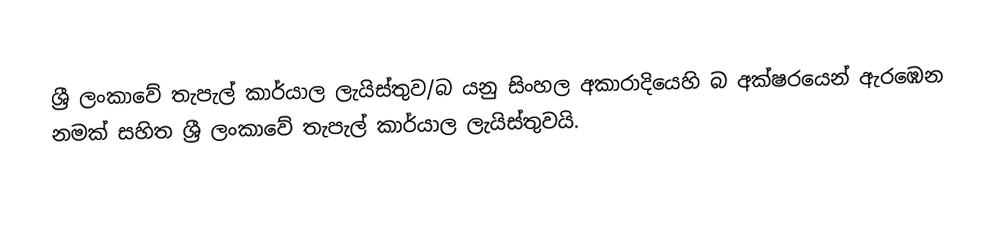
ශ්‍රී ලංකාවේ තැපැල් කාර්යාල ලැයිස්තුව/බ යනු සිංහල අකාරාදියෙහි බ අක්ෂරයෙන් ඇරඹෙන නමක් සහිත ශ්‍රී ලංකාවේ තැපැල් කාර්යාල ලැයිස්තුවයි.